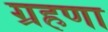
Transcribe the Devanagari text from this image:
ग्रहणा